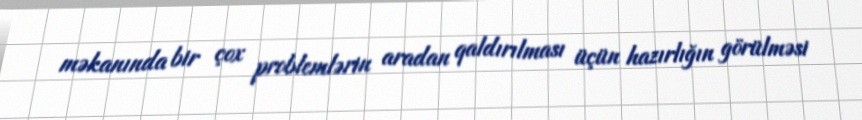
məkanında bir çox problemlərin aradan qaldırılması üçün hazırlığın görülməsi